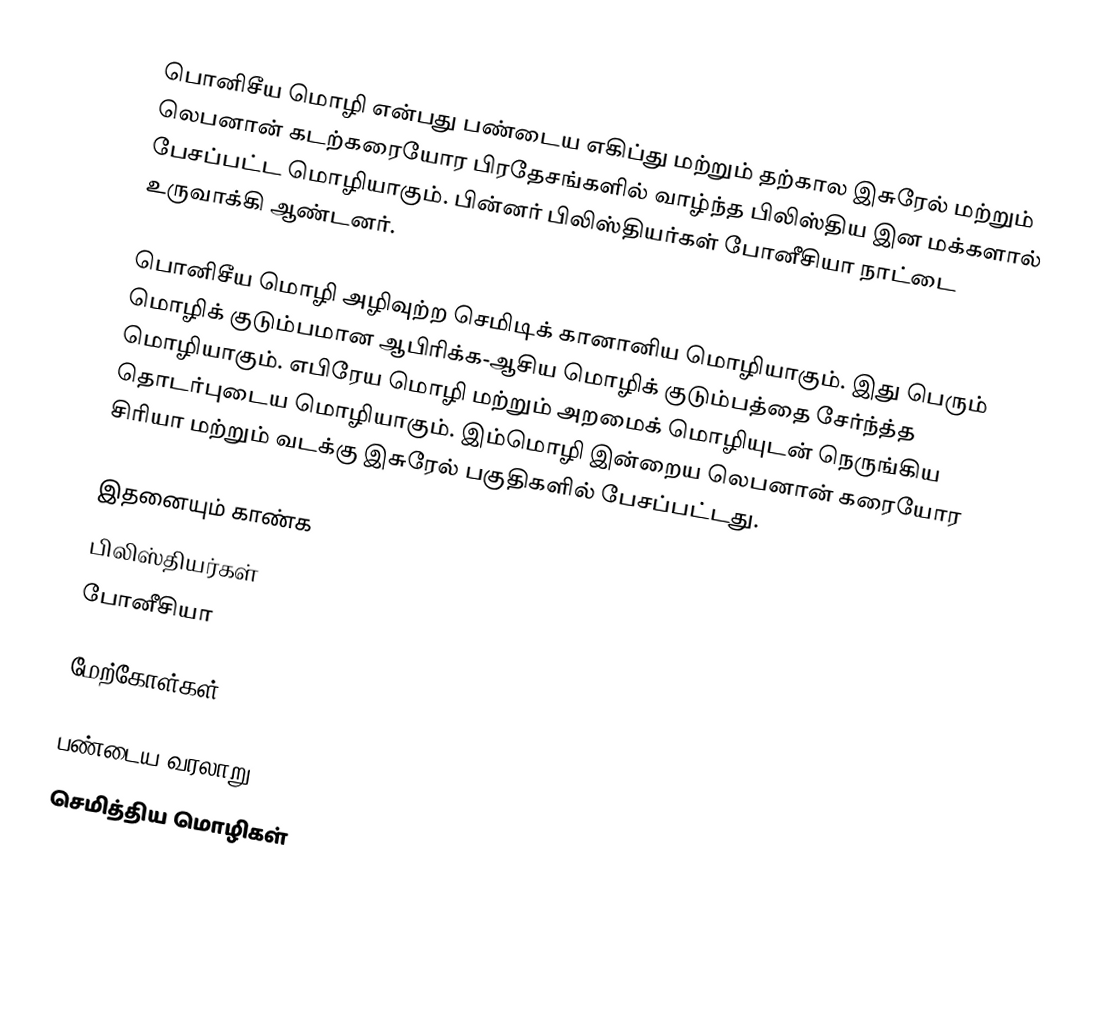
பொனிசீய மொழி என்பது பண்டைய எகிப்து மற்றும் தற்கால இசுரேல் மற்றும் லெபனான் கடற்கரையோர பிரதேசங்களில் வாழ்ந்த  பிலிஸ்திய இன மக்களால் பேசப்பட்ட மொழியாகும். பின்னர் பிலிஸ்தியர்கள் போனீசியா நாட்டை உருவாக்கி ஆண்டனர்.

பொனிசீய மொழி அழிவுற்ற செமிடிக் கானானிய மொழியாகும். இது பெரும் மொழிக் குடும்பமான ஆபிரிக்க-ஆசிய மொழிக் குடும்பத்தை சேர்ந்த்த மொழியாகும். எபிரேய மொழி மற்றும் அறமைக் மொழியுடன் நெருங்கிய தொடர்புடைய மொழியாகும். இம்மொழி இன்றைய லெபனான் கரையோர சிரியா மற்றும் வடக்கு இசுரேல் பகுதிகளில் பேசப்பட்டது.

இதனையும் காண்க
  பிலிஸ்தியர்கள்
 போனீசியா

மேற்கோள்கள்

பண்டைய வரலாறு
செமித்திய மொழிகள்